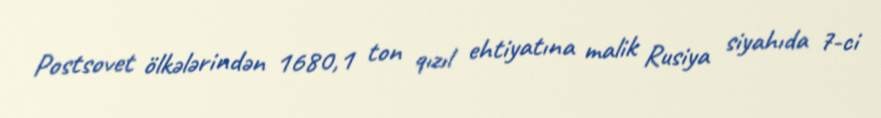
Postsovet ölkələrindən 1680,1 ton qızıl ehtiyatına malik Rusiya siyahıda 7-ci